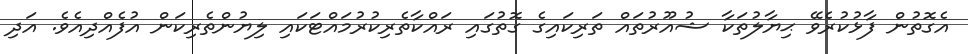
އެގޮތުން ފާޅުކުރެވޭ ޙިޔާލުތަކާ ޝުއޫރުތައް ތަރިކައިގެ ގޮތުގައި ރައްކާތެރިކުރުމައްޓަކައި ލިޔުންތެރިކަން އުފެއްދިއެވެ. އަދި